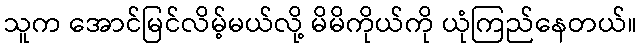
သူက အောင်မြင်လိမ့်မယ်လို့ မိမိကိုယ်ကို ယုံကြည်နေတယ်။